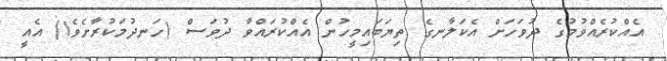
އެއްކުރެއްވުމުގެ ދުވަހަށް އެކަލާނގެ ތިޔަބައިމީހުން އެއްކުރައްވާ ދުވަސް (ހަނދުމަކުރާށެވެ!) އެއީ